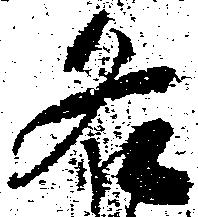
名